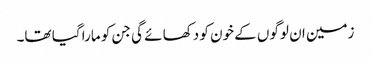
زمین ان لوگوں کے خون کو دکھا ئے گی جن کو مارا گیا تھا۔